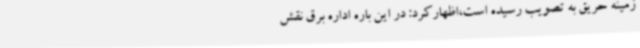
زمینه حریق به تصویب رسیده است،اظهارکرد: در این باره اداره برق نقش